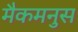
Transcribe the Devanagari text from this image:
मैकमनुस